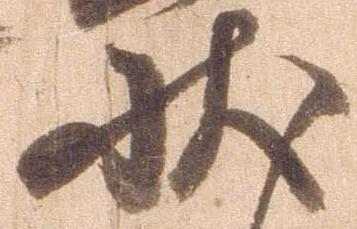
状